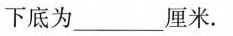
的下底为___厘米.